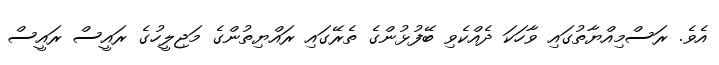
އެވެ. ރަސްމިއްޔާތުގައި ވާހަކަ ދެއްކެވި ބޭފުޅުންގެ ތެރޭގައި ރައްޔިތުންގެ މަޖިލީހުގެ ރައީސް ރައީސް